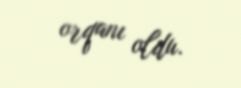
orqanı oldu.